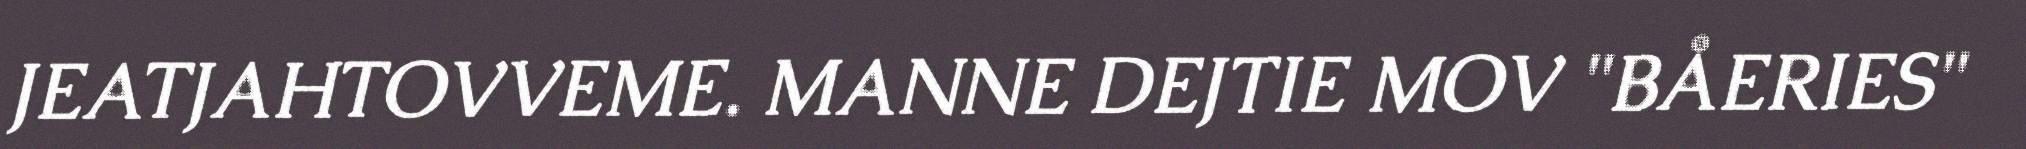
JEATJAHTOVVEME. MANNE DEJTIE MOV "BÅERIES"